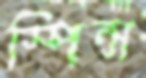
স্পিন্স